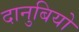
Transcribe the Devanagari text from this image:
दानुबियो